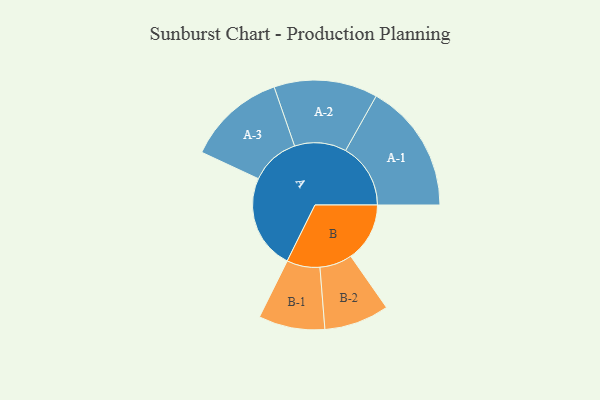
{"axis": {"x": "Segment", "y": "Value"}, "legend": ["", "A", "B"], "data": [{"x": "A", "y": 426, "type": ""}, {"x": "B", "y": 265, "type": ""}, {"x": "A-1", "y": 292, "type": "A"}, {"x": "A-2", "y": 233, "type": "A"}, {"x": "A-3", "y": 221, "type": "A"}, {"x": "B-1", "y": 149, "type": "B"}, {"x": "B-2", "y": 146, "type": "B"}]}